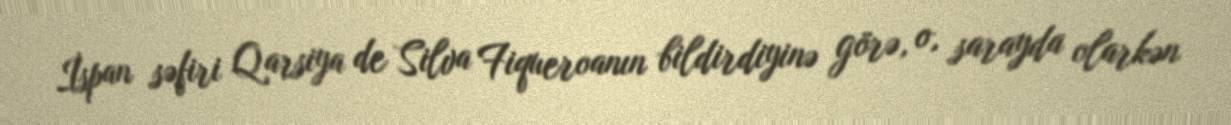
İspan səfiri Qarsiya de Silva Fiqueroanın bildirdiyinə görə, o, sarayda olarkən